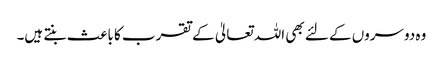
وہ دوسروں کے لئے بھی اللہ تعالیٰ کے تقرب کا باعث بنتے ہیں۔